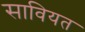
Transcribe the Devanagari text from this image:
सावियत